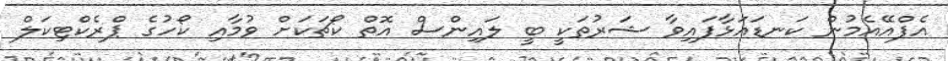
އެފްއޭއެމުން ކަނޑައަޅާފައިވާ ޝަރުތަކީ ބީ ލައިންސް އޮތް ކޯޗަކަށް ވުމާއި ކޯހުގެ ޕްރެކްޓިކަލް